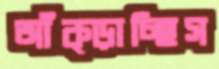
আঁক্‌ড়াচ্ছিস